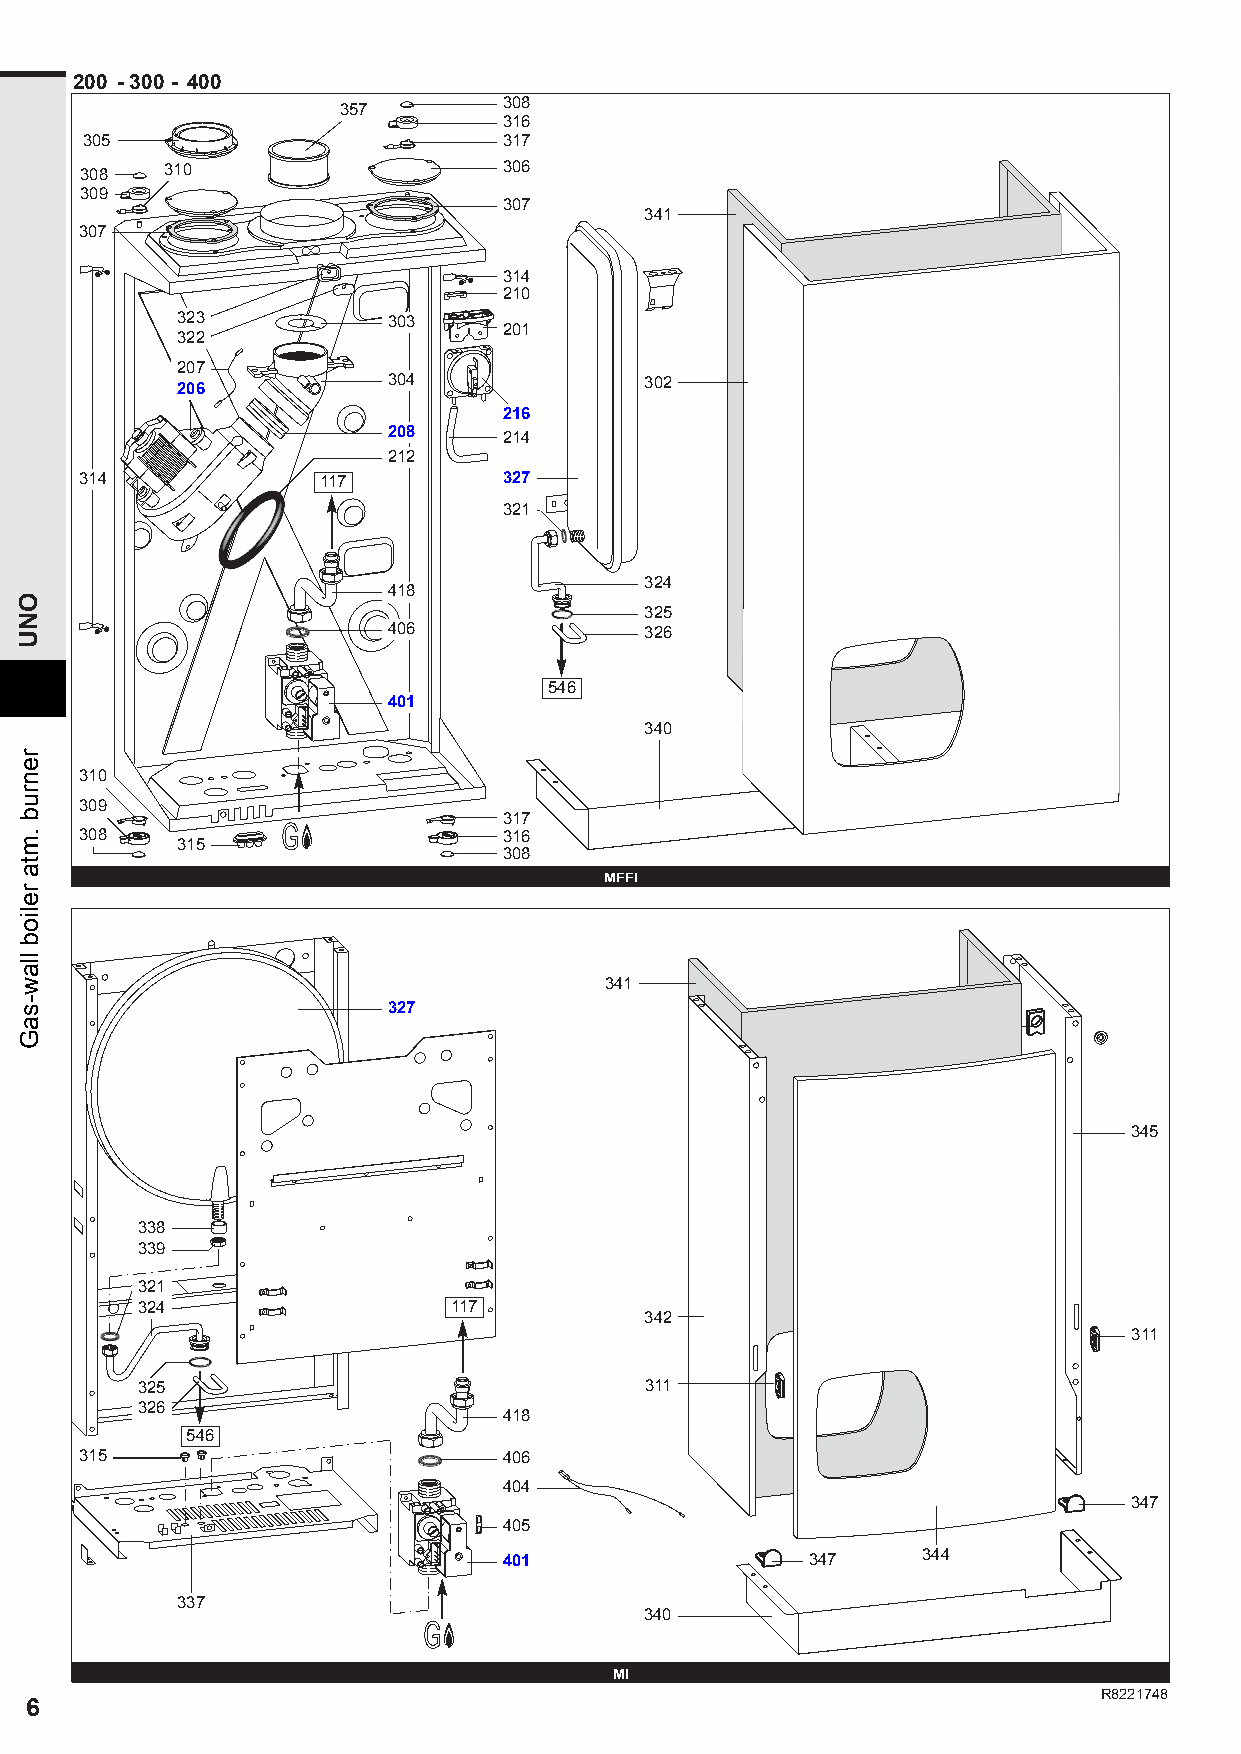
200 - 300 - 400
 308
 357
 316
 305                         317
 308   310                   306
 309
 307
 341
 307
 314
 210
 323           303
 201
 322
 207
 304              302
 206
 216
 208    214
 212
 314             117         327
 321
 324
 418
 325
 406              326
 546
 401
 340
 310
 309
 317
 308                         316
 315
 308
 MFFI
 341
 327
 345
 338
 339
 321
 324                  117
 342
 311
 325                               311
 326
 418
 546
 315                         406
 404
 347
 405
 401                  347    344
 337
 340
 MI
 R8221748
 6
 ONU
 renrub
 .mta
 reliob
 llaw-saG